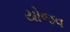
યોજવ